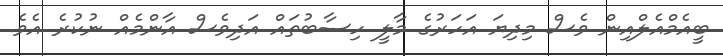
ބީއެމްއެލްއިން ވެސް މިދިޔަ އަހަރުގެ މާލީ ހިސާބުތައް އަދިވެސް އާންމެއް ނުކުރެ އެވެ.